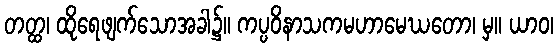
တတ္ထ၊ ထိုရေဖျက်သောအခါ၌။ ကပ္ပဝိနာသကမဟာမေဃတော၊ မှ။ ယာဝ၊